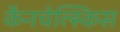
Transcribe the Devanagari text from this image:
कैनचेल्स्किस